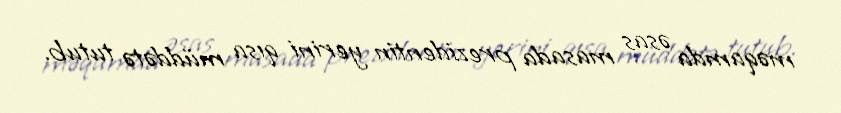
məqamda əsas masada prezidentin yerini qısa müddətə tutub.